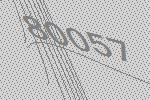
80057